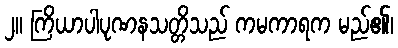
၂။ ကြိယာပါပုဏနသတ္တိသည် ကမကာရက မည်၏၊